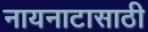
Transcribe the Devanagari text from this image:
नायनाटासाठी